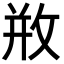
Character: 𢼶